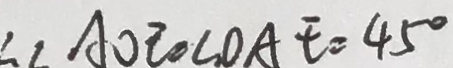
\angle A O E = \angle O A E = 4 5 ^ { \circ }